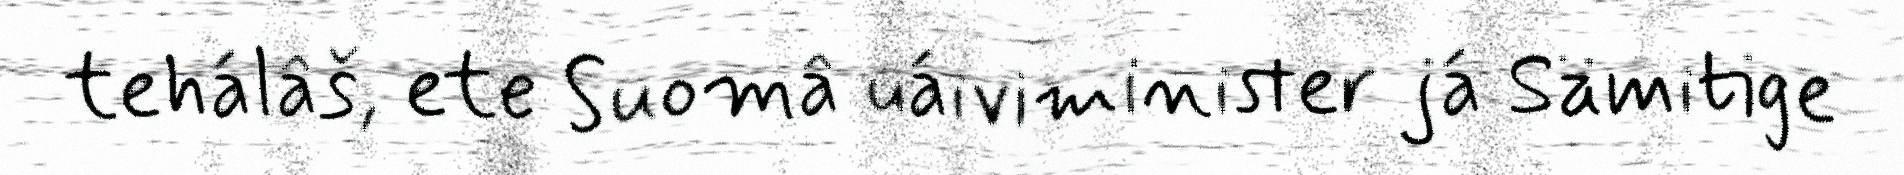
tehálâš, ete Suomâ uáiviminister já Sämitige